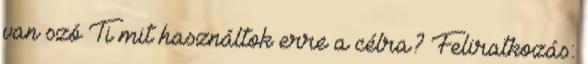
van szó Ti mit használtok erre a célra? Feliratkozás: